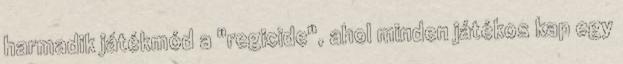
harmadik játékmód a "regicide", ahol minden játékos kap egy